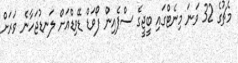
މެޗުގެ 32 ވަނަ މިނެޓްގައި ބީޖީގެ ސްޕެއިން ފޯވަޑް ޑޭވިޑްއަށް ލަނޑުޖަހާނެ ވަރަށް